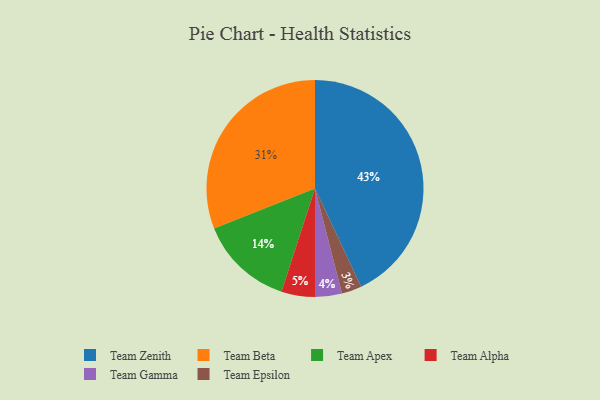
{"axis": {"x": "Category", "y": "Percentage"}, "legend": ["Team Alpha", "Team Apex", "Team Beta", "Team Epsilon", "Team Gamma", "Team Zenith"], "data": [{"x": "Team Apex", "y": 14, "type": "Team Apex"}, {"x": "Team Zenith", "y": 43, "type": "Team Zenith"}, {"x": "Team Beta", "y": 31, "type": "Team Beta"}, {"x": "Team Alpha", "y": 5, "type": "Team Alpha"}, {"x": "Team Epsilon", "y": 3, "type": "Team Epsilon"}, {"x": "Team Gamma", "y": 4, "type": "Team Gamma"}]}